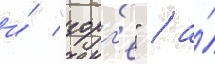
и́ "зорг'е" / а́